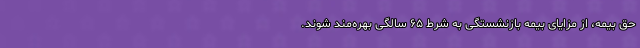
حق بیمه، از مزایای بیمه بازنشستگی به شرط ۶۵ سالگی بهره‌مند شوند.